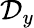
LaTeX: \mathcal{D}_{y}